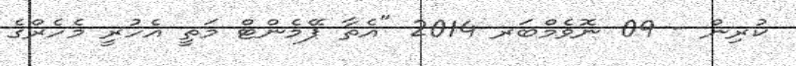
ކުރިން - 09 ނޮވެމްބަރ 2014 "އެތާ ޕޭމެންޓް މަތީ އެހުރީ މެހެރްގެ